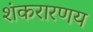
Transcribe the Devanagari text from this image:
शंकरारणय